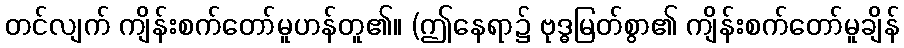
တင်လျက် ကျိန်းစက်တော်မူဟန်တူ၏။ (ဤနေရာ၌ ဗုဒ္ဓမြတ်စွာ၏ ကျိန်းစက်တော်မူချိန်